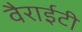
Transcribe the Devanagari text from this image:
वैराईटी